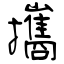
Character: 攜